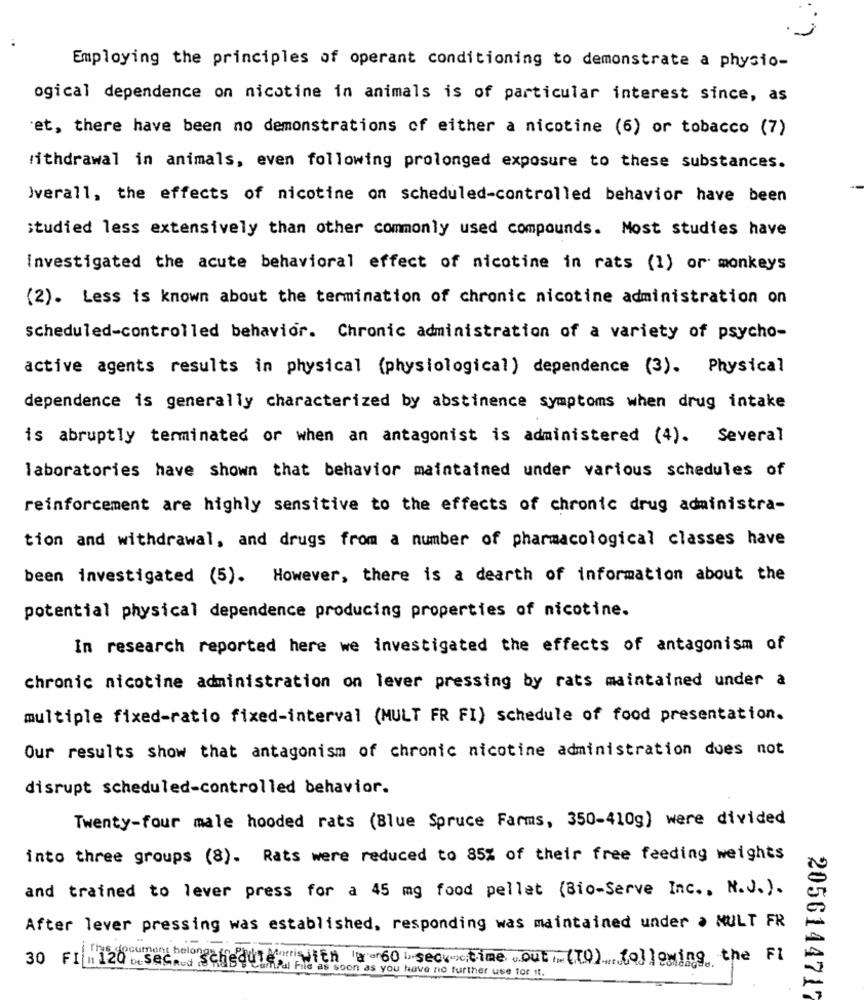
Employing the principles of operant conditioning to demonstrate a physio-
ogical dependence on nicotine in animals is of particular interest since, as
et, there have been no demonstrations of either a nicotine (6) or tobacco (7)
withdrawal in animals, even following prolonged exposure to these substances.
Iverall, the effects of nicotine on scheduled-controlled behavior have been
studied less extensively than other commonly used compounds. Most studies have
investigated the acute behavioral effect of nicotine in rats (1) or monkeys
(2). Less is known about the termination of chronic nicotine administration on
scheduled-controlled behavior. Chronic administration of a variety of psycho-
active agents results in physical (physiological) dependence (3). Physical
dependence is generally characterized by abstinence symptoms when drug intake
is abruptly terminated or when an antagonist is administered (4). Several
laboratories have shown that behavior maintained under various schedules of
reinforcement are highly sensitive to the effects of chronic drug administra-
tion and withdrawal, and drugs from a number of pharmacological classes have
been investigated (5). However, there is a dearth of information about the
potential physical dependence producing properties of nicotine.
In research reported here we investigated the effects of antagonism of
chronic nicotine administration on lever pressing by rats maintained under a
multiple fixed-ratio fixed-interval (MULT FR FI) schedule of food presentation.
Our results show that antagonism of chronic nicotine administration does not
disrupt scheduled-controlled behavior.
Twenty-four male hooded rats (Blue Spruce Farms, 350-410g) were divided
into three groups (8). Rats were reduced to 85% of their free feeding weights
and trained to lever press for a 45 mg food pellet (Bio-Serve Inc ., N.J.).
After lever pressing was established, responding was maintained under a NULT FR
30 FIM120 used"Schedule"With a 60 sec>>>time out: (TO) ... following, the FI
s you have no further use for it.
2056144717